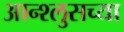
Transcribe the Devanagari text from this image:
आन्श्लुसच्या